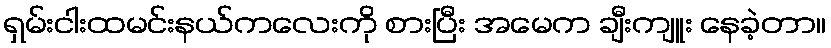
ရှမ်းငါးထမင်းနယ်ကလေးကို စားပြီး အမေက ချီးကျူး နေခဲ့တာ။